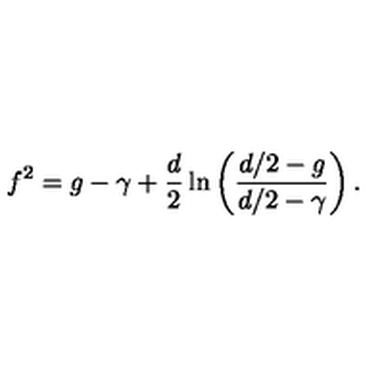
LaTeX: f ^ { 2 } = g - \gamma + \frac { d } { 2 } \ln \left( \frac { { d } / 2 - g } { { d } / 2 - \gamma } \right) .